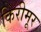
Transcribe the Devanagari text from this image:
किरीमूर